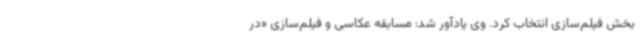
بخش فیلم‌سازی انتخاب کرد. وی یادآور شد: مسابقه عکاسی و فیلم‌سازی «در